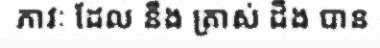
ភាវៈ ដែល នឹង ត្រាស់ ដឹង បាន